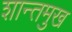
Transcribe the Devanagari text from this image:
शान्तमुख